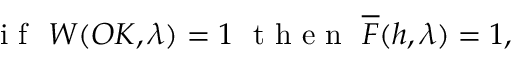
\mathrm { ~ i ~ f ~ } \ W ( O K , \lambda ) = 1 \ \mathrm { ~ t ~ h ~ e ~ n ~ } \ \overline { { F } } ( h , \lambda ) = 1 ,